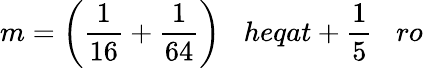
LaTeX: m={\bigg(}{\frac{1}{16}}+{\frac{1}{64}}{\bigg)}\; \; \; heqat+{\frac{1}{5}}\; \; \; ro